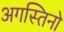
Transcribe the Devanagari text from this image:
अगस्तिनो